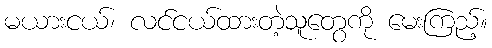
မယားငယ်၊ လင်ငယ်ထားတဲ့သူတွေကို မေးကြည့်။